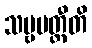
သဗ္ဗမတ္ထီတိ